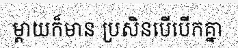
ម្តាយក៏មាន ប្រសិនបើបើកគ្នា